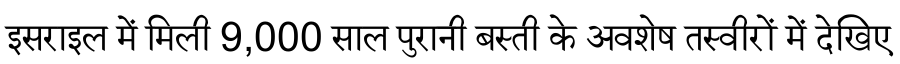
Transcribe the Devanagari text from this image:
इसराइल में मिली 9,000 साल पुरानी बस्ती के अवशेष तस्वीरों में देखिए